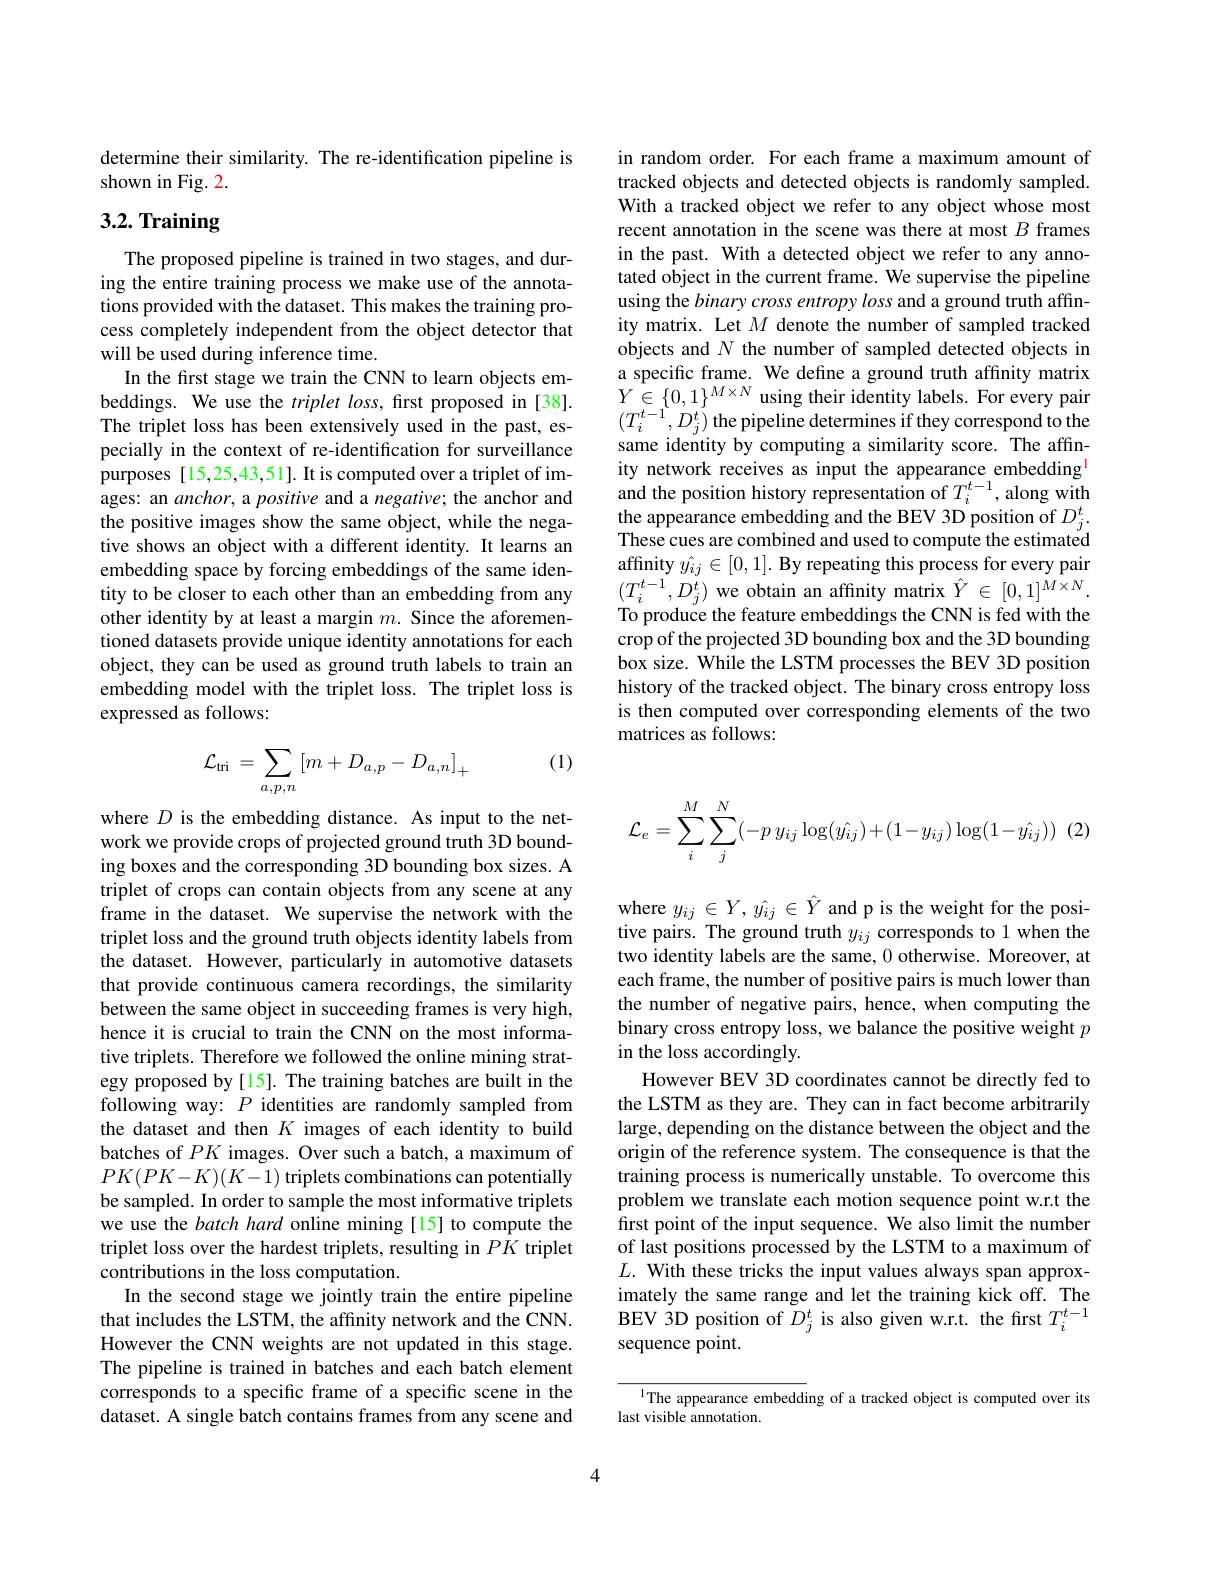
determine their similarity. The re-identification pipeline is
shown in Fig. 2.

# 3.2. Training

The proposed pipeline is trained in two stages, and during the entire training process we make use of the annotations provided with the dataset. This makes the training process completely independent from the object detector that will be used during inference time.
In the first stage we train the CNN to learn objects embeddings. We use the $triplet\textit{loss, first proposed in [ 38] }.$ The triplet loss has been extensively used in the past, especially in the context of re-identification for surveillance purposes [15,25,43,51]. It is computed over a triplet of images: an anchor, a positive and a negative; the anchor and the positive images show the same object, while the negative shows an object with a different identity. It learns an embedding space by forcing embeddings of the same identity to be closer to each other than an embedding from any other identity by at least a margin $m.$ Since the aforementioned datasets provide unique identity annotations for each object, they can be used as ground truth labels to train an embedding model with the triplet loss. The triplet loss is expressed as follows:

(1)
$$\mathcal{L}_{\mathrm{tri}}\:=\:\sum_{a,p,n}\left[m+D_{a,p}-D_{a,n}\right]_{+}$$
where $D$ is the embedding distance. As input to the network we provide crops of projected ground truth 3D bounding boxes and the corresponding 3D bounding box sizes. A triplet of crops can contain objects from any scene at any frame in the dataset. We supervise the network with the triplet loss and the ground truth objects identity labels from the dataset. However, particularly in automotive datasets that provide continuous camera recordings, the similarity between the same object in succeeding frames is very high, hence it is crucial to train the CNN on the most informative triplets. Therefore we followed the online mining strategy proposed by [15]. The training batches are built in the following way: $P$ identities are randomly sampled from the dataset and then $K$ images of each identity to build batches of $PK$ images. Over such a batch, a maximum of $PK(PK-K)(K-1)$ triplets combinations can potentially be sampled. In order to sample the most informative triplets we use the batch hard online mining [15] to compute the triplet loss over the hardest triplets, resulting in $PK$ triplet contributions in the loss computation.
In the second stage we jointly train the entire pipeline that includes the LSTM, the affinity network and the CNN. However the CNN weights are not updated in this stage. The pipeline is trained in batches and each batch element corresponds to a specific frame of a specific scene in the dataset. A single batch contains frames from any scene and

in random order. For each frame a maximum amount of tracked objects and detected objects is randomly sampled. With a tracked object we refer to any object whose most recent annotation in the scene was there at most $B$ frames in the past. With a detected object we refer to any annotated object in the current frame. We supervise the pipeline using the binary cross entropy loss and a ground truth affinity matrix. Let $M$ denote the number of sampled tracked objects and $N$ the number of sampled detected objects in a specific frame. We define a ground truth affnity matrix $Y\in\{0,1\}^{M\times N}$using their identity labels. For every pair $(T_{i}^{t-1},D_{j}^{t})$ the pipeline determines if they correspond to the same identity by computing a similarity score. The affinity network receives as input the appearance embedding and the position history representation of $T_i^{t-1}$, along with the appearance embedding and the BEV 3D position of $D_j^t.$ These cues are combined and used to compute the estimated affinity $\hat{y_{ij}}\in[0,1].$ By repeating this process for every pair $(T_{i}^{t-1},D_{j}^{t})$ we obtain an affinity matrix $\hat{Y}\in[0,1]^{M\times N}.$ To produce the feature embeddings the CNN is fed with the crop of the projected 3D bounding box and the 3D bounding box size. While the LSTM processes the BEV 3D position history of the tracked object. The binary cross entropy loss is then computed over corresponding elements of the two matrices as follows:
$$\mathcal{L}_e=\sum_i^M\sum_j^N(-p\:y_{ij}\log(\hat{y_{ij}})+(1-y_{ij})\log(1-\hat{y_{ij}}))\:(2)$$
where $y_{ij}\in Y,\hat{y_{ij}}\in\hat{Y}$ and p is the weight for the positive pairs. The ground truth $y_{ij}$ corresponds to 1 when the two identity labels are the same, 0 otherwise. Moreover, at each frame, the number of positive pairs is much lower than the number of negative pairs, hence, when computing the binary cross entropy loss, we balance the positive weight $p$ in the loss accordingly.
However BEV 3D coordinates cannot be directly fed to the LSTM as they are. They can in fact become arbitrarily large, depending on the distance between the object and the origin of the reference system. The consequence is that the training process is numerically unstable. To overcome this problem we translate each motion sequence point w.r.t the first point of the input sequence. We also limit the number of last positions processed by the LSTM to a maximum of $L.$ With these tricks the input values always span approximately the same range and let the training kick off. The BEV 3D position of $D_j^t$ is also given w.r.t. the first $T_i^{t-1}$ sequence point.

l The appearance embedding of a tracked object is computed over its
last visible annotation.

4